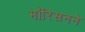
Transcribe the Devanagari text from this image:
मॉरिसनने